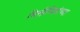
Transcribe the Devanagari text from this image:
भित्तीचित्रांच्या